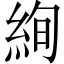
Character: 絢